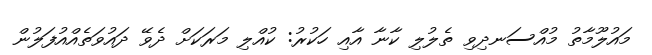
މައުލޫމާތު މުއްސަނދިވި ތެލުލި ކާނާ އާއި ހަކުރު: ކުއްލި މަރަކަށް ދެވޭ ދައުވަތެއްއުފަލުން